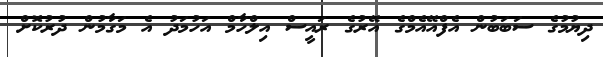
ދިޔުމުގެ ސަބަބުން އެފްއޭއެމްގެ އޭރުގެ ރައީސް އިލްހާމް އަހުމަދު އެ މަގާމުން ދުރުކޮށް